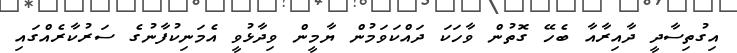
އިގުތިސާދީ ދާއިރާއާ ބެހޭ ގޮތުން ވާހަކަ ދައްކަވަމުން ޔާމީން ވިދާޅުވީ އެމަނިކުފާނުގެ ސަރުކާރެއްގައި